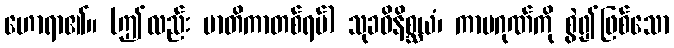
ဟောရာ၏။ (ဤလည်း မာတိကာတစ်ရပ်) သုခဝိနိစ္ဆယံ၊ ကာမဂုဏ်ကို စွဲ၍ဖြစ်သော